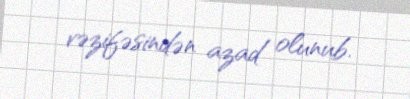
vəzifəsindən azad olunub.